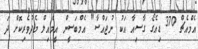
އެމްއެޗް 370 ޑިއެގޯ ގާސިއާ އަކު ނުޖައްސާ" އެމްބަސީން އީމެެއިލް މެދުވެރިކޮށް ދަ